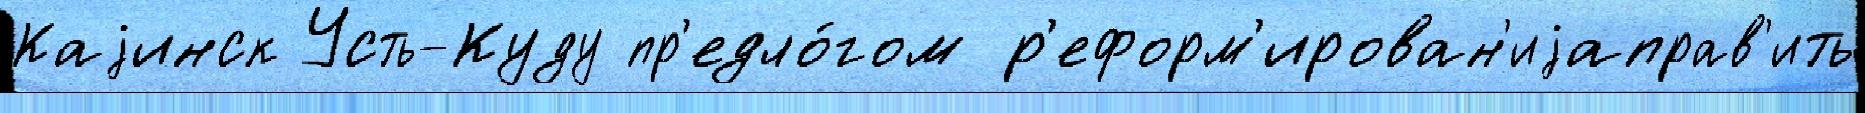
Каjинск Усть-Куду пр'едло́гом р'еформ'ирован'иjаправ'ить